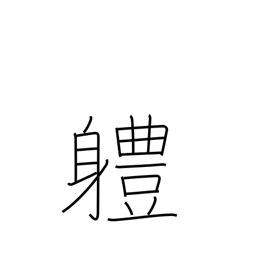
Meaning: unit